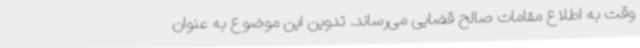
وقت به اطلاع مقامات صالح قضایی می‌رساند. تدوین این موضوع به عنوان